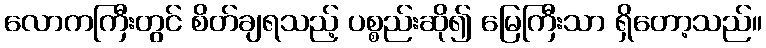
လောကကြီးတွင် စိတ်ချရသည့် ပစ္စည်းဆို၍ မြေကြီးသာ ရှိတော့သည်။